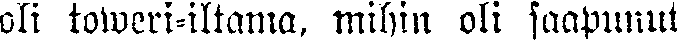
oli toweri-iltama, mihin oli saapunut